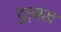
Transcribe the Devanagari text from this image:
दुर्मख